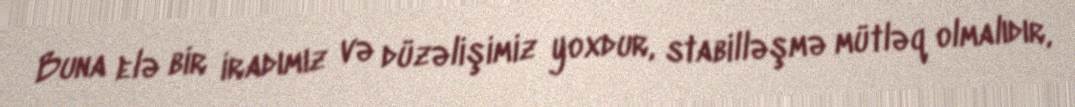
Buna elə bir iradımız və düzəlişimiz yoxdur, stabilləşmə mütləq olmalıdır,